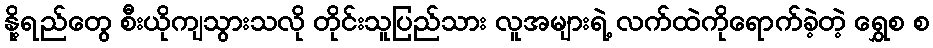
နို့ရည်တွေ စီးယိုကျသွားသလို တိုင်းသူပြည်သား လူအများရဲ့ လက်ထဲကိုရောက်ခဲ့တဲ့ ရွှေစ စ